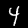
Digit: 4